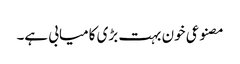
مصنوعی خون بہت بڑی کامیابی ہے۔